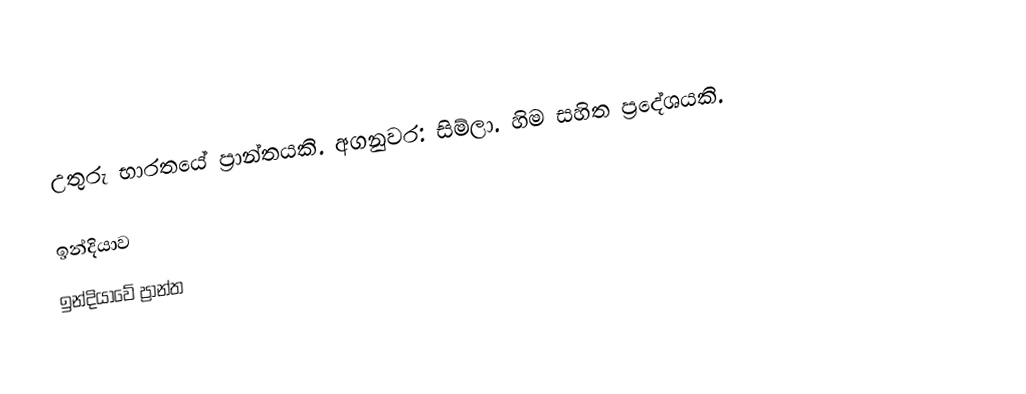
උතුරු භාරතයේ ප්‍රාන්තයකි. අගනුවර: සිම්ලා. හිම සහිත ප්‍රදේශයකි.

ඉන්දියාව
ඉන්දියාවේ ප්‍රාන්ත